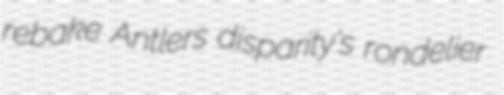
rebake Antlers disparity's rondelier